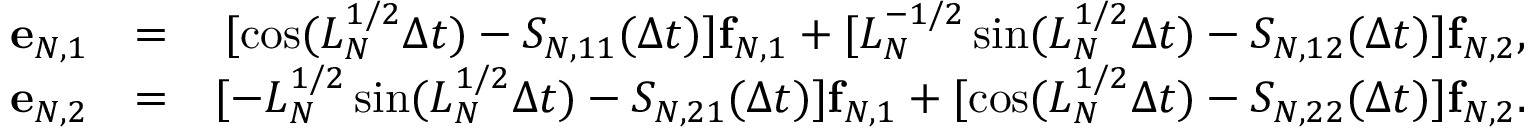
\begin{array} { r l r } { { \bf e } _ { N , 1 } } & { = } & { [ \cos ( L _ { N } ^ { 1 / 2 } \Delta t ) - S _ { N , 1 1 } ( \Delta t ) ] { \bf f } _ { N , 1 } + [ L _ { N } ^ { - 1 / 2 } \sin ( L _ { N } ^ { 1 / 2 } \Delta t ) - S _ { N , 1 2 } ( \Delta t ) ] { \bf f } _ { N , 2 } , } \\ { { \bf e } _ { N , 2 } } & { = } & { [ - L _ { N } ^ { 1 / 2 } \sin ( L _ { N } ^ { 1 / 2 } \Delta t ) - S _ { N , 2 1 } ( \Delta t ) ] { \bf f } _ { N , 1 } + [ \cos ( L _ { N } ^ { 1 / 2 } \Delta t ) - S _ { N , 2 2 } ( \Delta t ) ] { \bf f } _ { N , 2 } . } \end{array}